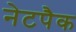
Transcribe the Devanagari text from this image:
नेटपैक